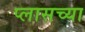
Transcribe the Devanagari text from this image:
प्लासच्या